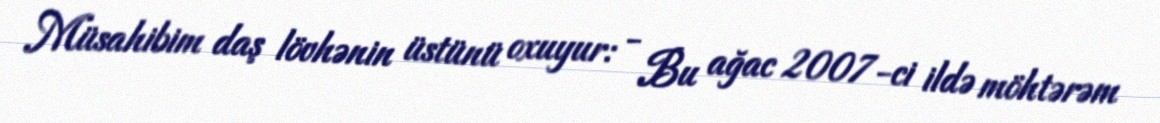
Müsahibim daş lövhənin üstünü oxuyur: - Bu ağac 2007-ci ildə möhtərəm